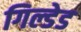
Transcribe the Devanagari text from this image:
गिल्डेड